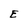
Character: E